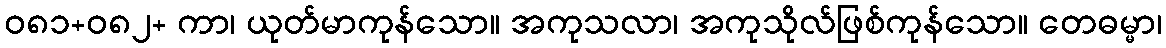
ဝ၈၁+၀၈၂+ ကာ၊ ယုတ်မာကုန်သော။ အကုသလာ၊ အကုသိုလ်ဖြစ်ကုန်သော။ တေဓမ္မာ၊